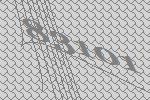
83101